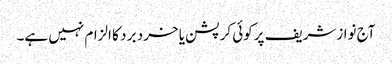
آج نوازشریف پرکوئی کرپشن یا خرد بر د کا الزام نہیں ہے۔